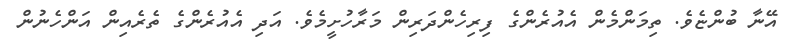
އޭނާ ބުންޏެވެ. ތިމަންމެން އެއުރެންގެ ފިރިހެންދަރިން މަރާހުށީމެވެ. އަދި އެއުރެންގެ ތެރެއިން އަންހެނުން